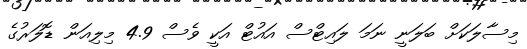
މިސާލަކަށް ބަލަނީ ނަމަ ލައިޓްސް އައުޓް އަކީ ވެސް 4.9 މިލިއަން ޑޮލަރުގެ